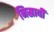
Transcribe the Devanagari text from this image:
निस्रावी